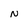
Character: N